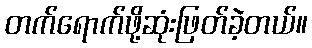
တက်ရောက်ဖို့ဆုံးဖြတ်ခဲ့တယ်။